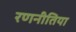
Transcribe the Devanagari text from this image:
रणनीतिया